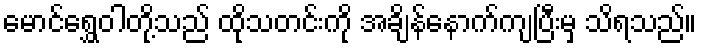
မောင်ရွှေဝါတို့သည် ထိုသတင်းကို အချိန်နောက်ကျပြီးမှ သိရသည်။